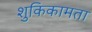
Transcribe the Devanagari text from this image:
शुकिकामता